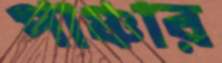
পাঞ্চার